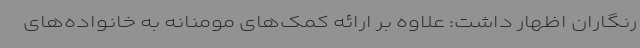
رنگاران اظهار داشت: علاوه بر ارائه کمک‌های مومنانه به خانواده‌های